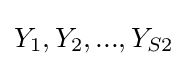
Y_{1},Y_{2},...,Y_{S2}